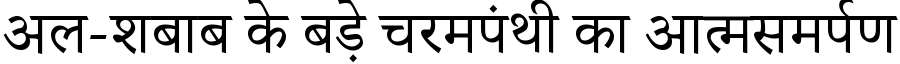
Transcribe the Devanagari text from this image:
अल-शबाब के बड़े चरमपंथी का आत्मसमर्पण